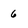
Character: 6